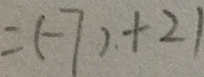
= ( - 7 ) + 2 1